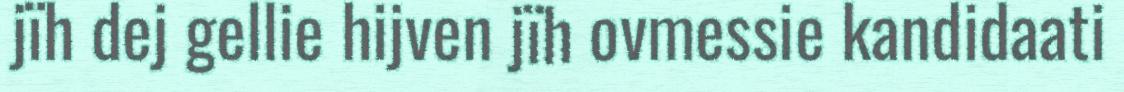
jïh dej gellie hijven jïh ovmessie kandidaati